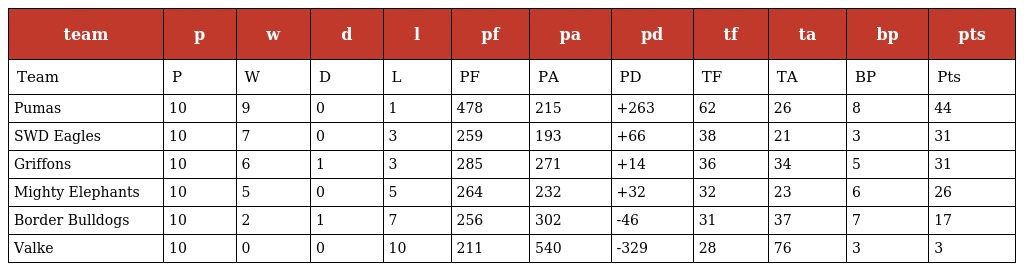
| team | p | w | d | l | pf | pa | pd | tf | ta | bp | pts |
 | --- | --- | --- | --- | --- | --- | --- | --- | --- | --- | --- | --- |
 | Team | P | W | D | L | PF | PA | PD | TF | TA | BP | Pts |
 | Pumas | 10 | 9 | 0 | 1 | 478 | 215 | +263 | 62 | 26 | 8 | 44 |
 | SWD Eagles | 10 | 7 | 0 | 3 | 259 | 193 | +66 | 38 | 21 | 3 | 31 |
 | Griffons | 10 | 6 | 1 | 3 | 285 | 271 | +14 | 36 | 34 | 5 | 31 |
 | Mighty Elephants | 10 | 5 | 0 | 5 | 264 | 232 | +32 | 32 | 23 | 6 | 26 |
 | Border Bulldogs | 10 | 2 | 1 | 7 | 256 | 302 | -46 | 31 | 37 | 7 | 17 |
 | Valke | 10 | 0 | 0 | 10 | 211 | 540 | -329 | 28 | 76 | 3 | 3 |